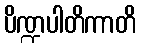
ပိဏ္ဍပါတိကာတိ